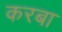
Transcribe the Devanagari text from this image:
करबा